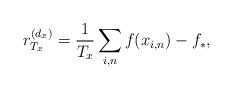
LaTeX: \begin{align*}r_{T_x}^{(d_x)}=\frac{1}{T_x}\sum_{i,n}f(x_{i,n})-f_*,\end{align*}